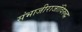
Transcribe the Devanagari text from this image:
संभाजीराजांविरुद्ध